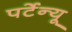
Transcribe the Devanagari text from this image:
पर्टेन्यू